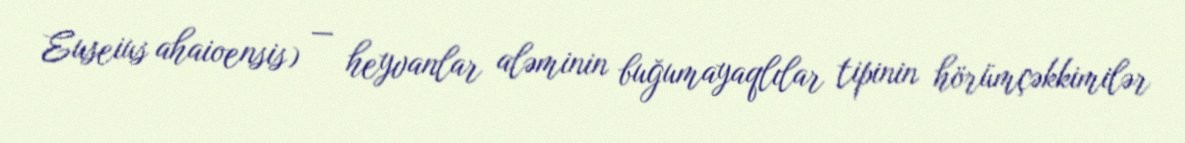
Euseius ahaioensis) — heyvanlar aləminin buğumayaqlılar tipinin hörümçəkkimilər